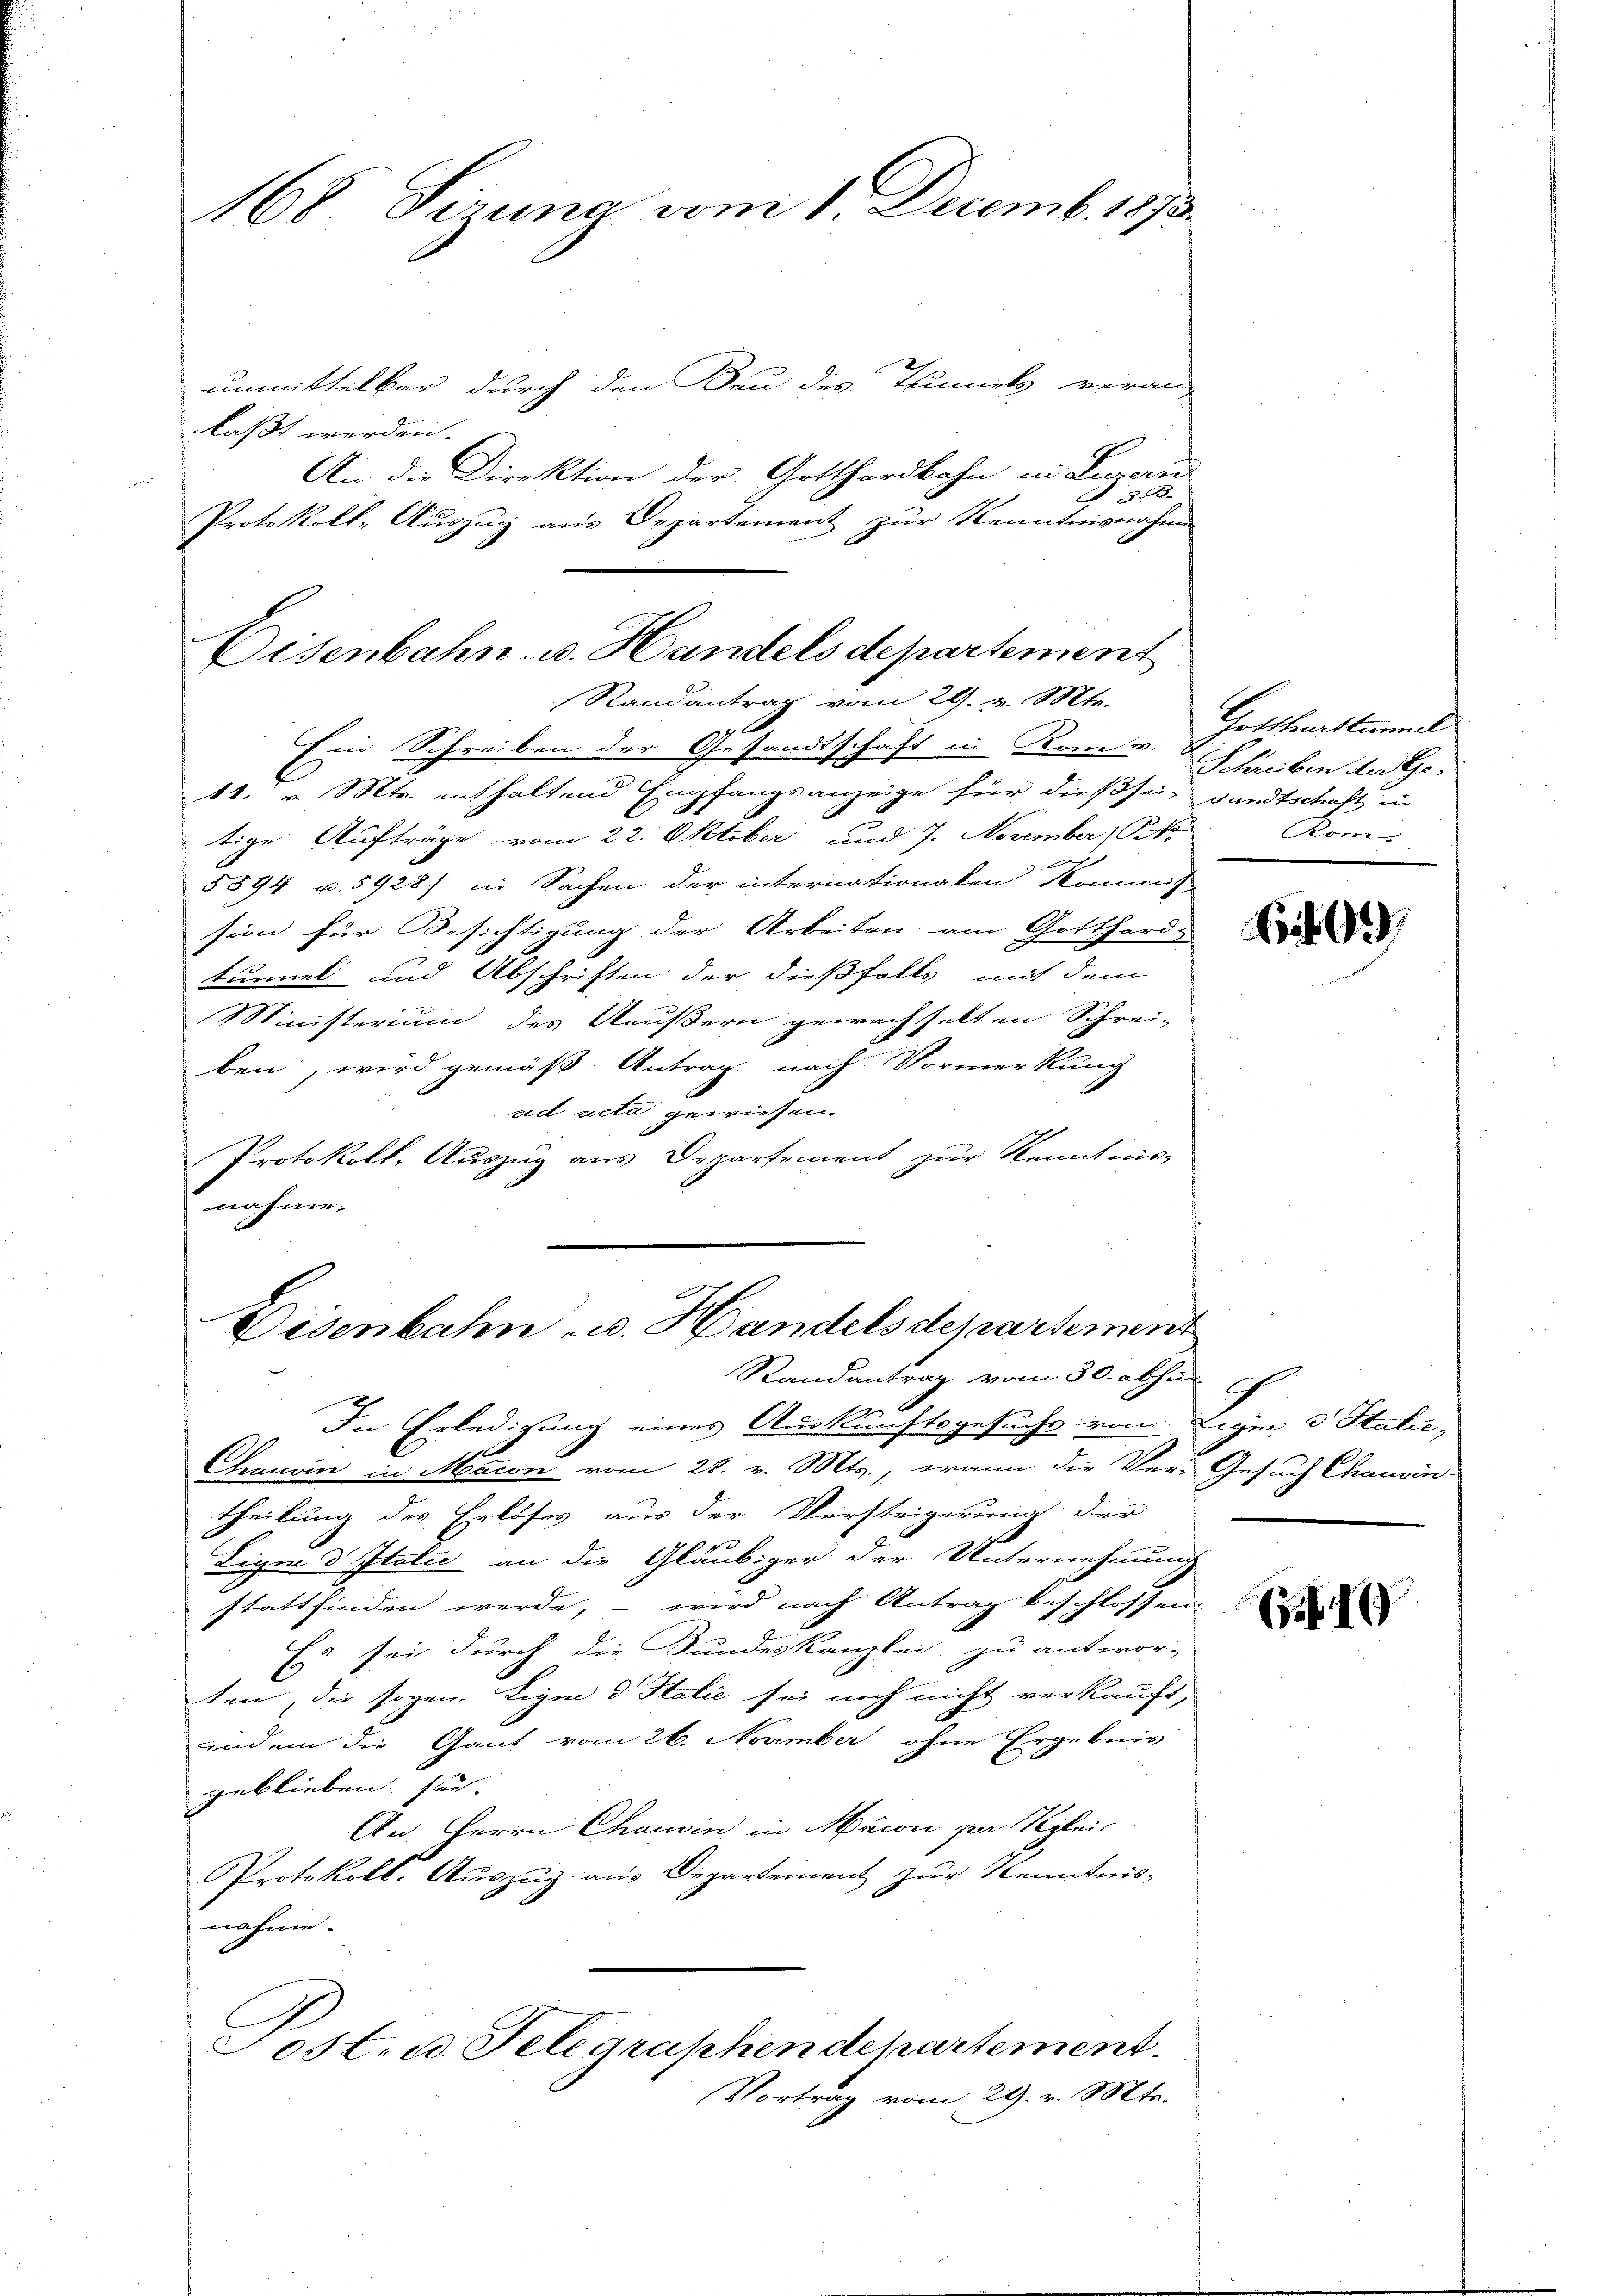
unmittelbar durch den Bau des Thunets veran-
laßt werden.
An die Direktion der Gotthardbahn in Luzern
3
Protokoll-Auszug aus Departement zur Kenntnisnahme

Eisenbahn- u. Handels departement
Randantrag vom 29. v. Mts.

168 Sizung vom 1. Decemb. 1873.

Disenbahn u. Handels departement
Randantrag vom 30. abhin
g
In Erledigung eines Auskunftsgesuchs von Ligen 3 Stalić,
Chauvin in Macon vom 28. v. Mts., wann die Ver-Gesuch Chauvin

x
Ein Schreiben der Gesandtschaft in Konr. Schreiben der Ge¬
11. v. Mts. enthaltend Empfangsanzeige für dieß sei, sandtschaft in
tige Aufträge vom 22. Oktober und 7. November B
5594 u. 5928) in Sachen der internationalen Kommis
sion für Besichtigung der Arbeiten am Gotthard-
trinnet und Abschriften der dießfalls mit dem
Ministerium des Aeußern gewechselten Schrei-
ben, wird gemäß Antrag nach Vormerkung
ad acta gewiesen.
Protokoll- Auszug aus Departement zur Kennt ins-
nahme.
theilung des Erlöses aus der Versteigerung der
Ligen d Italić an die Gläubiger der Unternehmung
stattfinden werde, – wird nach Antrag beschlossen
Es sei durch die Kundeskanzlei zu antwor-
ten, die sogen. Ligen d Italić sei noch nicht verkauft,
und an die Gant vom 26. November ohne Ergebnis
geblieben sind.
An Herrn Chauvin in Macon par Reglei¬
Protokoll. Auszug aus Departement zur Kenntnis-
nahme.
ost. u. Telegraphendepartement.
Vortrag vom 29. v. Mts.

Gotthardtummel
Kom

9

f